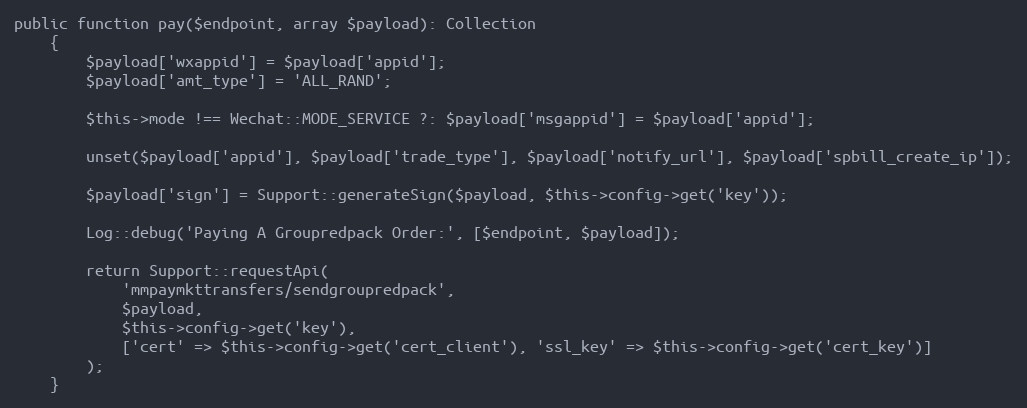
Language: PHP
public function pay($endpoint, array $payload): Collection
    {
        $payload['wxappid'] = $payload['appid'];
        $payload['amt_type'] = 'ALL_RAND';

        $this->mode !== Wechat::MODE_SERVICE ?: $payload['msgappid'] = $payload['appid'];

        unset($payload['appid'], $payload['trade_type'], $payload['notify_url'], $payload['spbill_create_ip']);

        $payload['sign'] = Support::generateSign($payload, $this->config->get('key'));

        Log::debug('Paying A Groupredpack Order:', [$endpoint, $payload]);

        return Support::requestApi(
            'mmpaymkttransfers/sendgroupredpack',
            $payload,
            $this->config->get('key'),
            ['cert' => $this->config->get('cert_client'), 'ssl_key' => $this->config->get('cert_key')]
        );
    }